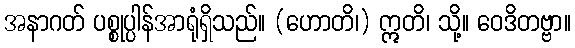
အနာဂတ် ပစ္စုပ္ပါန်အာရုံရှိသည်။ (ဟောတိ၊) ဣတိ၊ သို့။ ဝေဒိတဗ္ဗာ။